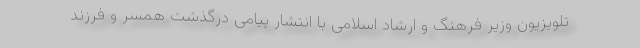
تلویزیون وزیر فرهنگ و ارشاد اسلامی با انتشار پیامی درگذشت همسر و فرزند